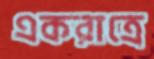
একরাত্রে